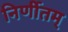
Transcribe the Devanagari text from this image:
निर्णीतम्